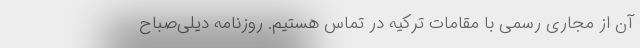
آن از مجاری رسمی با مقامات ترکیه در تماس هستیم. روزنامه دیلی‌صباح